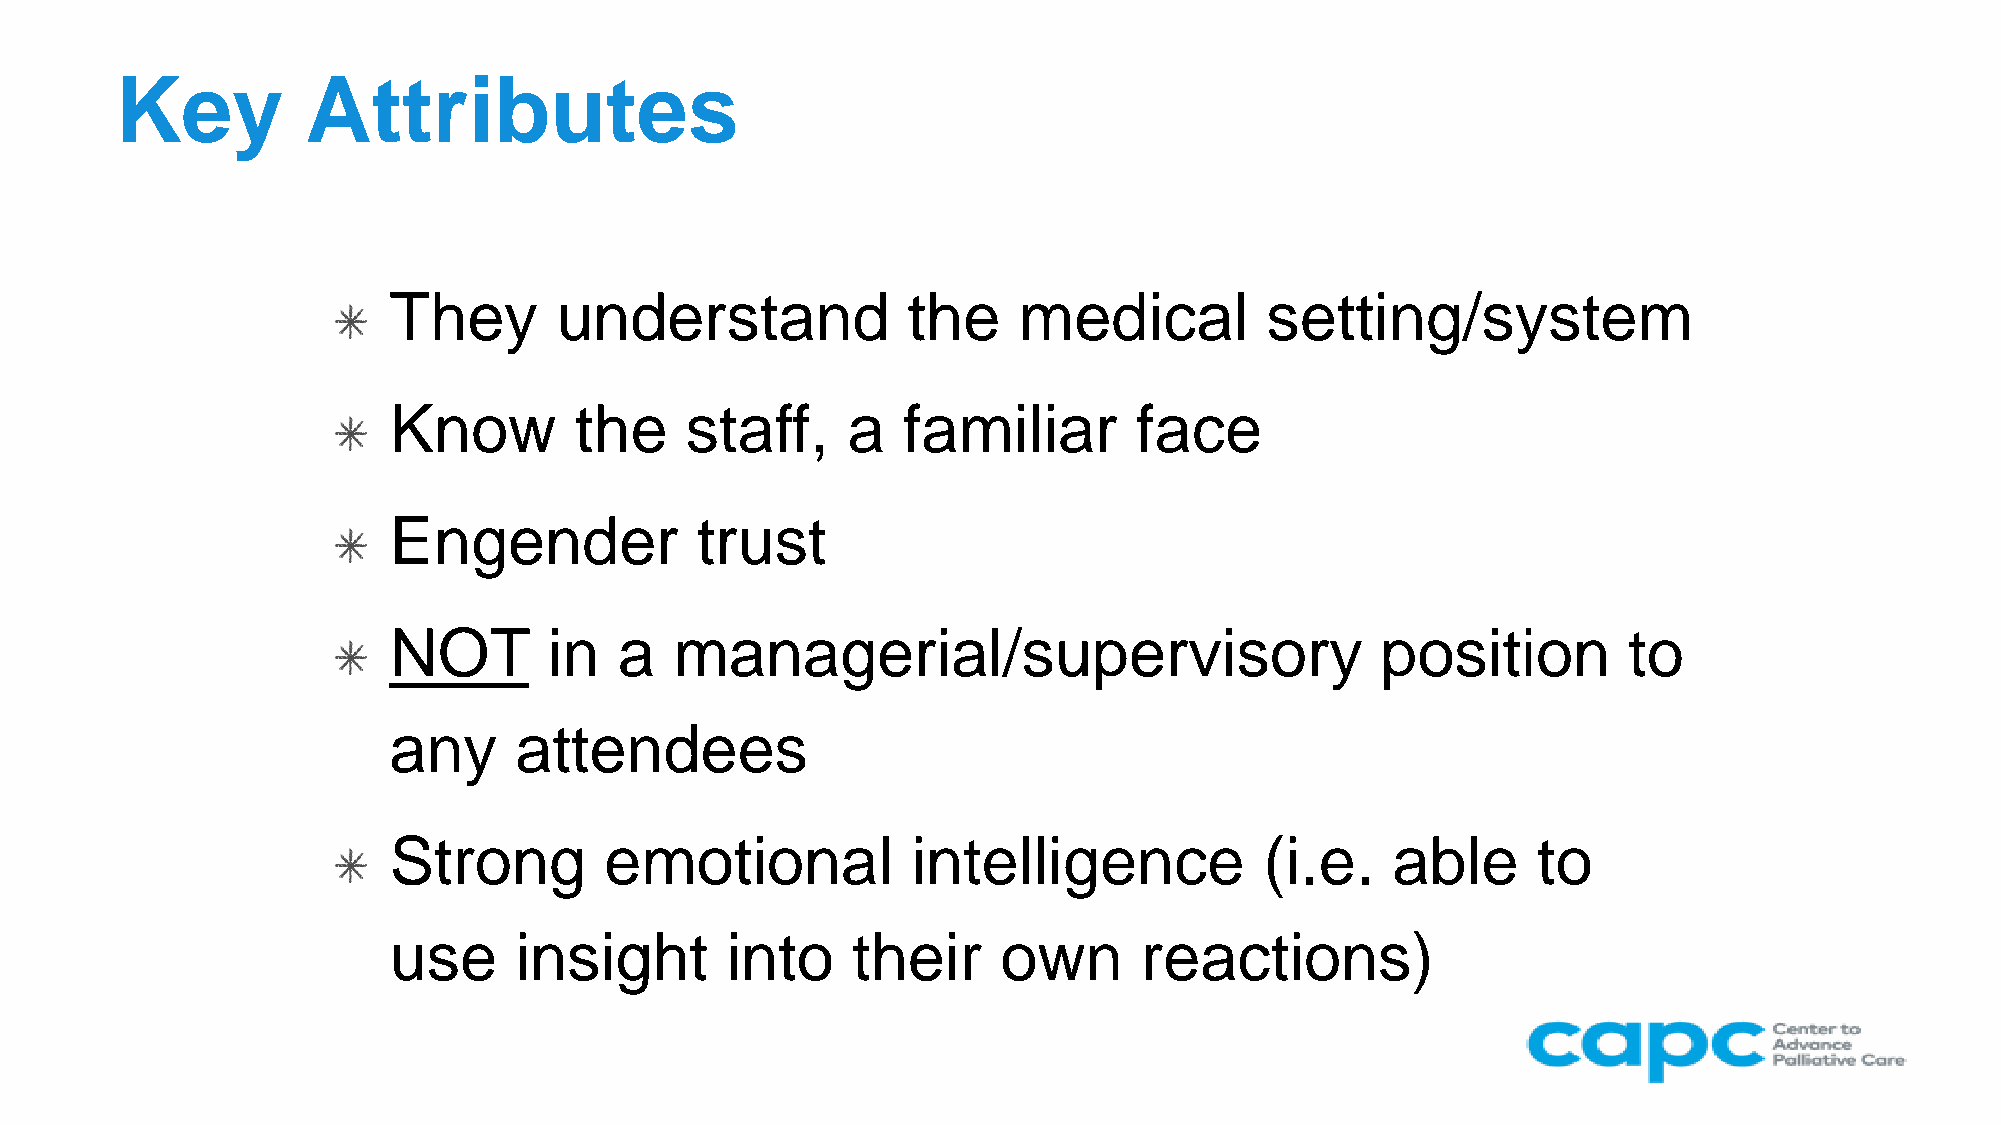
Key         Attributes
 They       understand             the    medical          setting/system
 Know        the    staff,     a   familiar       face
 Engender            trust
 NOT       in   a   managerial/supervisory                        position         to
 any     attendees
 Strong        emotional           intelligence            (i.e.   able      to
 use     insight       into    their     own      reactions)